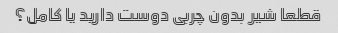
قطعا شیر بدون چربی دوست دارید یا کامل؟